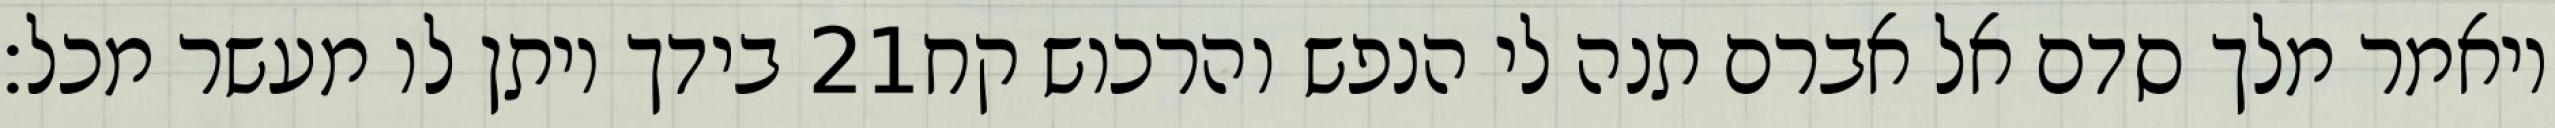
בידך ויתן לו מעשר מכל׃ ‎21‏ ויאמר מלך סדם אל אברם תנה לי הנפש והרכוש קח